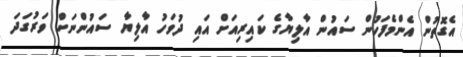
އެގޮތުން އެންމެފަހުން ސައުން އާލިޔާގެ ކައިރިއަށް އައި ދުވަހު އާލިޔާ ސައުންނަށް ވަރުގަދަ